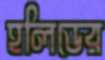
হলিডের